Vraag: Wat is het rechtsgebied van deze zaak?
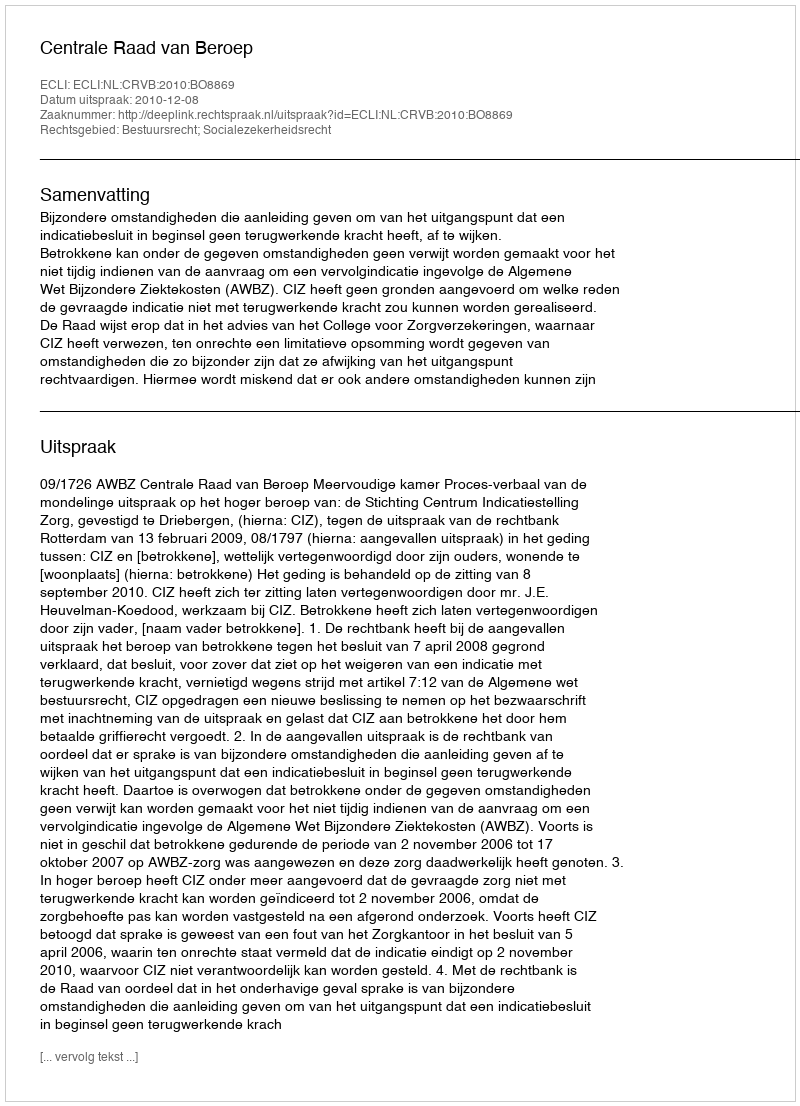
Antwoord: Bestuursrecht; Socialezekerheidsrecht